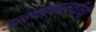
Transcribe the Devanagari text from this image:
उलथापालथींची